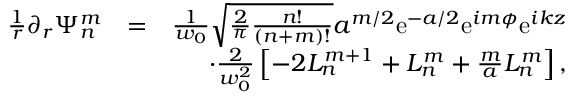
\begin{array} { r l r } { \frac { 1 } { r } \partial _ { r } \Psi _ { n } ^ { m } } & { = } & { \frac { 1 } { w _ { 0 } } \sqrt { \frac { 2 } { \pi } \frac { n ! } { ( n + m ) ! } } a ^ { m / 2 } \mathrm { e } ^ { - a / 2 } \mathrm { e } ^ { i m \phi } \mathrm { e } ^ { i k z } } \\ & { } & { \cdot \frac { 2 } { w _ { 0 } ^ { 2 } } \left[ - 2 L _ { n } ^ { m + 1 } + L _ { n } ^ { m } + \frac { m } { a } L _ { n } ^ { m } \right] , } \end{array}